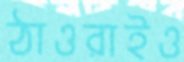
ঠাওরাইও